Report on plague in the Punjab from October 1st ... to September 30th ..., being the ... season of plague in the province
Disease focus: Plague
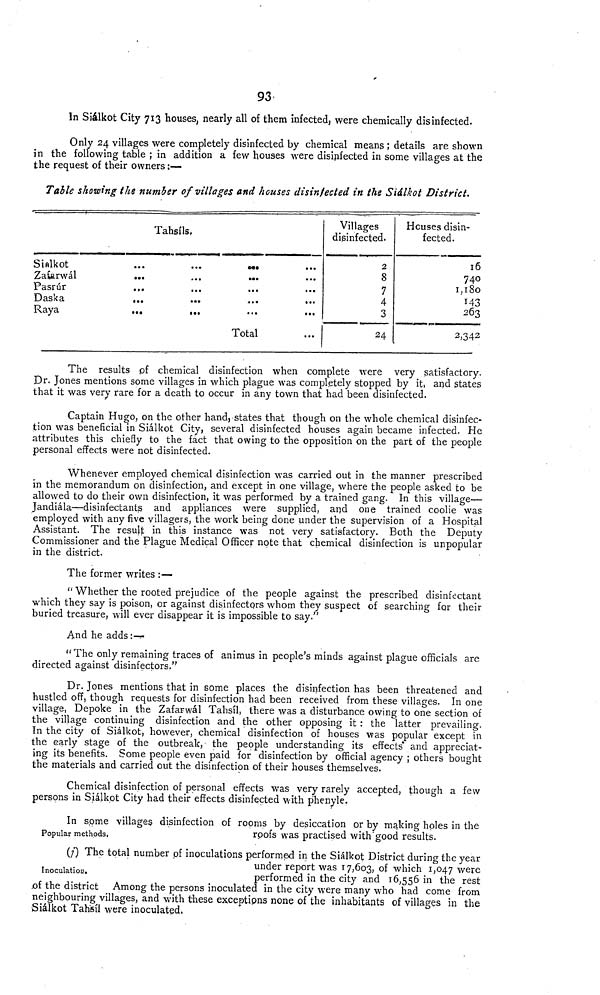
93
In Siálkot City 713 houses, nearly all of them infected, were chemically disinfected.
Only 24 villages were completely disinfected by chemical means ; details are shown
in the following table ; in addition a few houses were disinfected in some villages at the
the request of their owners :—
Table showing the number of villages and houses disinfected in the Siâlkot District.
Sialkot
Zatarwál
Pasrúr
Daska
Raya
Tahsíls
•••
•••
• ••
...
• «•
•
•••
»«o
• ••
...
...
•••
••*
• •»
•••
•••
...
,.,
...
Total
Villages
disinfected.
2
8
7
4
3
24
Houses disin-
fected.
16
740
1,180
143
263
2,342
The results of chemical disinfection when complete were very satisfactory.
Dr. Jones mentions some villages in which plague was completely stopped by it, and states
that it was very rare for a death to occur in any town that had been disinfected.
Captain Hugo, on the other hand, states that though on the whole chemical disinfec-
tion was beneficial in Siálkot City, several disinfected houses again became infected. He
attributes this chiefly to the fact that owing to the opposition on the part of the people
personal effects were not disinfected.
Whenever employed chemical disinfection was carried out in the manner prescribed
in the memorandum on disinfection, and except in one village, where the people asked to be
allowed to do their own disinfection, it was performed by a trained gang. In this village—
Jandiála—disinfectant.s and appliances were supplied, and one trained coolie was
employed with any five villagers, the work being done under the supervision of a Hospital
Assistant. The result in this instance was not very satisfactory. Both the Deputy
Commissioner and the Plague Medical Officer note that chemical disinfection is unpopular
in the district.
The former writes :—
"Whether the rooted prejudice of the people against the prescribed disinfectant
which they say is poison, or against disinfectors whom they suspect of searching for their
buried treasure, will ever disappear it is impossible to say."
And he adds:-
" The only remaining traces of animus in people's minds against plague officials are
directed against disinfectors."
Dr. Jones mentions that in some places the disinfection has been threatened and
hustled off, though requests for disinfection had been received from these villages. In one
village, Depoke in the Zafarwál Tahsíl, there was a disturbance owing to one section of
the village continuing disinfection and the other opposing it : the latter prevailing.
In the city of Siálkot, however, chemical disinfection of houses was popular except in
the early stage of the outbreak, the people understanding its effects* and appreciat-
ing its benefits. Some people even paid for disinfection by official agency ; others bought
the materials and carried out the disinfection of their houses themselves.
Chemical disinfection of personal effects was very rarely accepted, though a few
persons in Siálkot City had their effects disinfected with phenyle.
In some villages disinfection of rooms by desiccation or by making holes in the
Popular methods.
roofs was practised with good results.
Inoculation,
(/) The total number pi inoculations performed in the Siálkot District during the year
under report was 17,603, of which 1,047 were
performed in the city and 16,556 in the rest
.of the district Among the persons inoculated in the city were many who had come from
neighbouring villages, and with these exceptions none of the inhabitants of villages in the
Siálkot Tahsíl were inoculated.